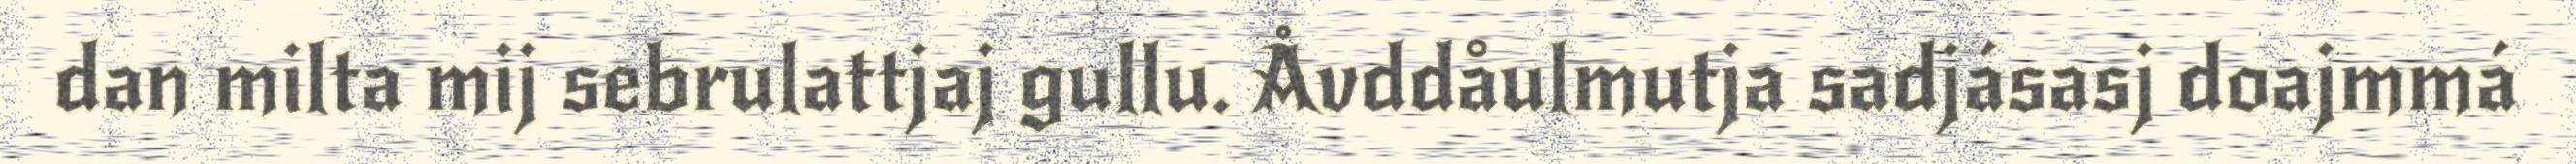
dan milta mij sebrulattjaj gullu. Åvddåulmutja sadjásasj doajmmá